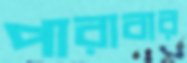
পারাবার